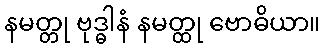
နမတ္တု ဗုဒ္ဓါနံ နမတ္ထု ဗောဓိယာ။